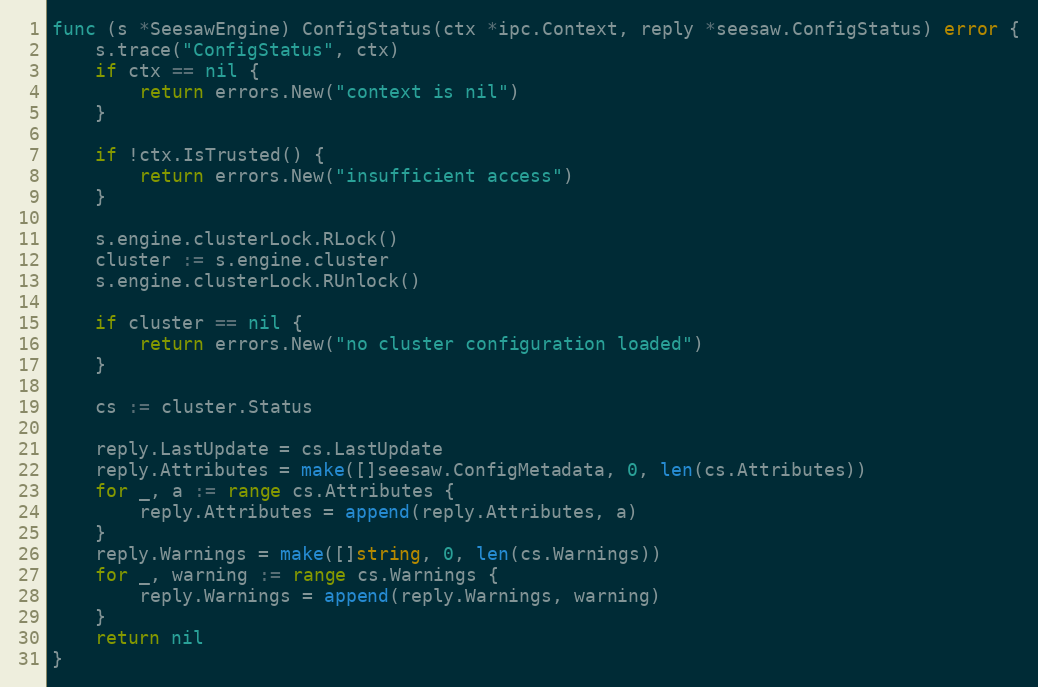
Language: Go
func (s *SeesawEngine) ConfigStatus(ctx *ipc.Context, reply *seesaw.ConfigStatus) error {
	s.trace("ConfigStatus", ctx)
	if ctx == nil {
		return errors.New("context is nil")
	}

	if !ctx.IsTrusted() {
		return errors.New("insufficient access")
	}

	s.engine.clusterLock.RLock()
	cluster := s.engine.cluster
	s.engine.clusterLock.RUnlock()

	if cluster == nil {
		return errors.New("no cluster configuration loaded")
	}

	cs := cluster.Status

	reply.LastUpdate = cs.LastUpdate
	reply.Attributes = make([]seesaw.ConfigMetadata, 0, len(cs.Attributes))
	for _, a := range cs.Attributes {
		reply.Attributes = append(reply.Attributes, a)
	}
	reply.Warnings = make([]string, 0, len(cs.Warnings))
	for _, warning := range cs.Warnings {
		reply.Warnings = append(reply.Warnings, warning)
	}
	return nil
}